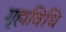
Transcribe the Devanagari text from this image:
गृह्यविधि